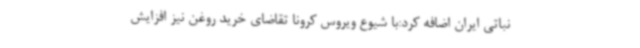
نباتی ایران اضافه کرد:با شیوع ویروس کرونا تقاضای خرید روغن نیز افزایش